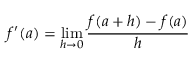
f ^ { \prime } ( a ) = \operatorname* { l i m } _ { h \to 0 } { \frac { f ( a + h ) - f ( a ) } { h } }